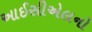
આઈસીએલનો